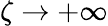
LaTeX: \zeta\rightarrow+\infty